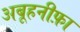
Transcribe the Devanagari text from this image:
अबूहनीफ़ा